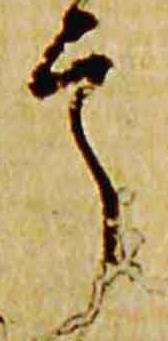
掌